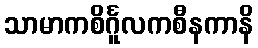
သာမာကစိင်္ဂူလကစီနကာနိ